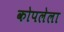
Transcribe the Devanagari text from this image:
कोपलेला